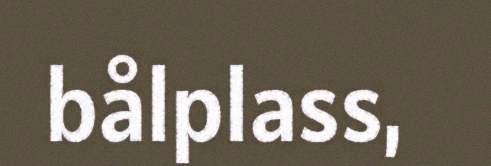
bålplass,